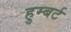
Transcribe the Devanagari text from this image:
हुम्बर्ट